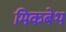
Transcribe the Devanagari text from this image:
मिकबेथ